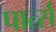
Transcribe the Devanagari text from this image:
पार्त्स